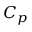
C _ { p }